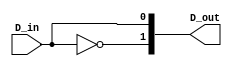
`timescale 1ns / 1ps


module Decoder(
    input D_in,
    output [1:0] D_out
    );
    assign D_out[0] = D_in;
    assign D_out[1] = ~D_in;
endmodule